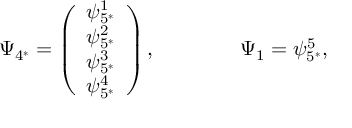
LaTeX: \Psi _ { 4 ^ { * } } = \left( \begin{array} { c } { { \psi _ { 5 ^ { * } } ^ { 1 } } } \\ { { \psi _ { 5 ^ { * } } ^ { 2 } } } \\ { { \psi _ { 5 ^ { * } } ^ { 3 } } } \\ { { \psi _ { 5 ^ { * } } ^ { 4 } } } \end{array} \right) , \qquad \qquad \Psi _ { 1 } = \psi _ { 5 ^ { * } } ^ { 5 } ,